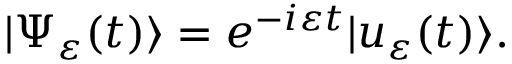
| \Psi _ { \varepsilon } ( t ) \rangle = e ^ { - i \varepsilon t } | u _ { \varepsilon } ( t ) \rangle .